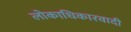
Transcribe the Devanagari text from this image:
लोकाधिकारवादी